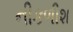
નીકળીશ